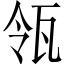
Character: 瓴